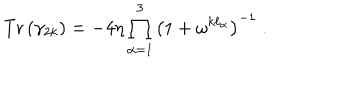
LaTeX: \mathrm { T r } \left( \gamma _ { 2 k } \right) = - 4 \eta \prod _ { \alpha = 1 } ^ { 3 } \left( 1 + \omega ^ { k \ell _ { \alpha } } \right) ^ { - 1 } ~ .